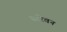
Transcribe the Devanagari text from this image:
सरिवन